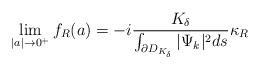
LaTeX: \begin{align*}\lim_{|a|\to0^+}f_R(a)= -i \frac{K_\delta}{\int_{\partial D_{K_\delta}}|\Psi_k|^2ds}\kappa_R\end{align*}